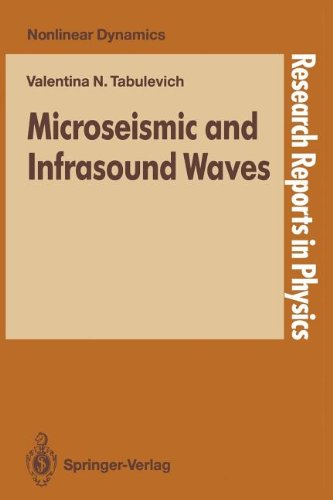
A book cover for Microseismic and Infrasound Waves (Research Reports in Physics); Valentina N. Tabulevich; Science & Math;